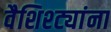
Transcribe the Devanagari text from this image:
वैशिश्ट्यांना